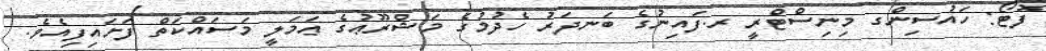
ފޮޓޯ: ހައުސިންގ މިނިސްޓްރީ ރ.ފައިނުގެ ބަނދަރު ހެދުމުގެ މަޝްރޫޢުގެ ޢަމަލީ މަސައްކަތް ފަށައިފިއެވެ.